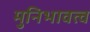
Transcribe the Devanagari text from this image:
मुनिभावत्व